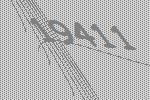
19411